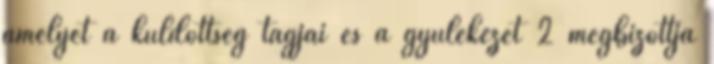
amelyet a küldöttség tagjai és a gyülekezet 2 megbízottja